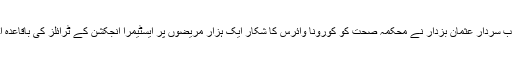
وزیراعلیٰ پنجاب سردار عثمان بزدار نے محکمہ صحت کو کورونا وائرس کا شکار ایک ہزار مریضوں پر ایسٹیمرا انجکشن کے ٹرائلز کی باقاعدہ اجازت دی ہے۔